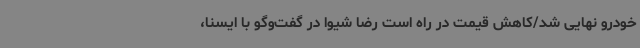
خودرو نهایی شد/کاهش قیمت در راه است رضا شیوا در گفت‌وگو با ایسنا،